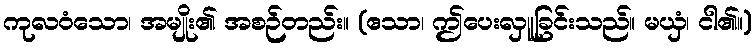
ကုလဝံသော၊ အမျိုး၏ အစဉ်တည်း။ (ဧသာ၊ ဤပေးလှူခြင်းသည်။ မယှံ၊ ငါ၏။)